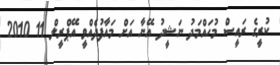
ކުރީގެ ރައީސް މުހައްމަދު ނަޝީދު އޭނާ އަށް މައާފުދެއްވީ އޭޕްރީލް 11 2010